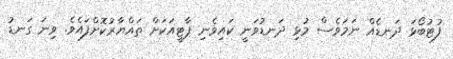
ފުޓުބޯޅަ ދަނޑެއް ނަމަވެެސް މުޅި ދަނޑުވަނީ ކައިވެނި ޕާޓީއަކަށް ތައްޔާރުކޮށްފައެވެ. ވިނަ ގަނޑު